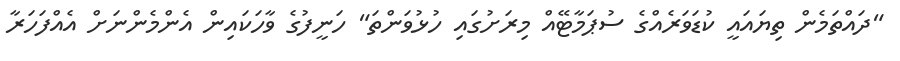
"ދައްތަމެން ތިޔައައީ ކުޑަވަރެއްގެ ސުޕަމާޓޭއް މިރަށުގައި ހުޅުވަންތަ" ހަނީފުގެ ވާހަކައިން އެންމެންނަށް އެއްފަހަރާ